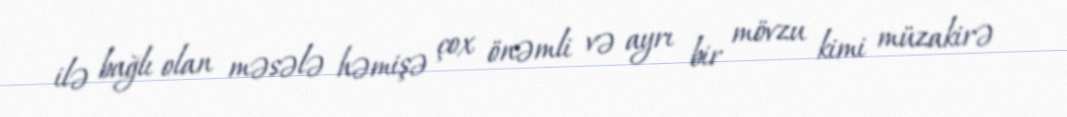
ilə bağlı olan məsələ həmişə çox önəmli və ayrı bir mövzu kimi müzakirə